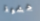
حشوة